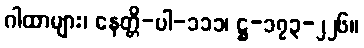
ဂါထာများ၊ နေတ္တိ-ပါ-၁၁၁၊ ဋ္ဌ-၁၇၃-၂၂၆။